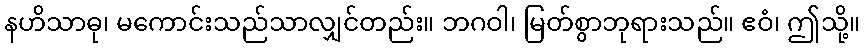
နဟိသာဓု၊ မကောင်းသည်သာလျှင်တည်း။ ဘဂဝါ၊ မြတ်စွာဘုရားသည်။ ဧဝံ၊ ဤသို့။